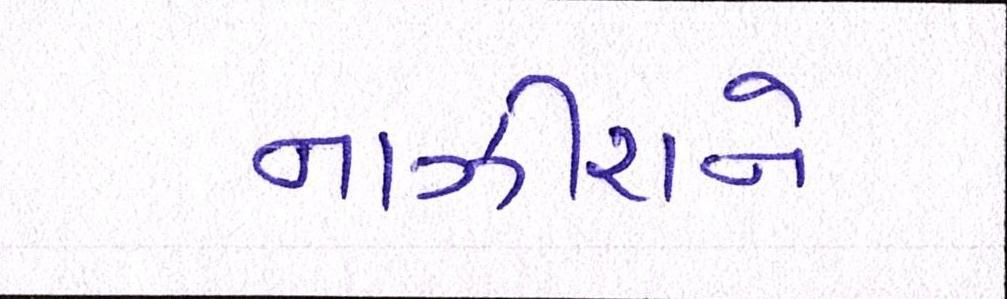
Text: નાઝીરાને